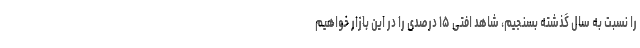
را نسبت به سال گذشته بسنجیم، شاهد افتی ۱۵ درصدی را در این بازار خواهیم